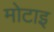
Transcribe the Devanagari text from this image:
मोटाइ